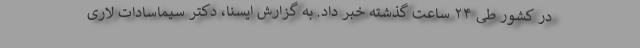
در کشور طی ۲۴ ساعت گذشته خبر داد. به گزارش ایسنا، دکتر سیماسادات لاری